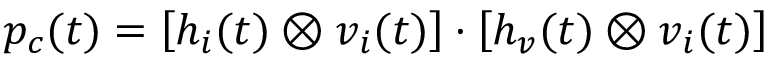
p _ { c } ( t ) = \left[ h _ { i } ( t ) \otimes v _ { i } ( t ) \right] \cdot \left[ h _ { v } ( t ) \otimes v _ { i } ( t ) \right]